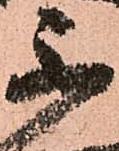
不